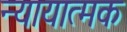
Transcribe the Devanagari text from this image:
न्यायात्मक